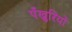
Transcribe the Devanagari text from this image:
पँखुरियों